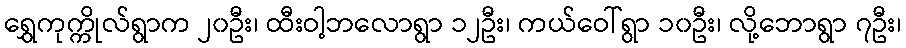
ရွှေကုက္ကိုလ်ရွာက ၂၀ဦး၊ ထီးဝါ့ဘလောရွာ ၁၂ဦး၊ ကယ်ဝေါ်ရွာ ၁၀ဦး၊ လို့ဘောရွာ ၇ဦး၊